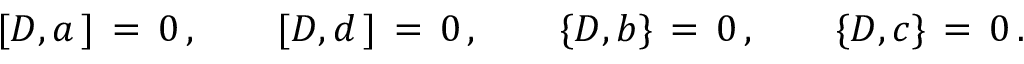
[ D , a \, ] \, = \, 0 \, , \qquad [ D , d \, ] \, = \, 0 \, , \qquad \{ D , b \} \, = \, 0 \, , \qquad \{ D , c \} \, = \, 0 \, .